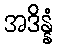
အဒိန္နံ